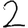
Digit: 2